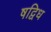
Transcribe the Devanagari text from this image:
षद्विध